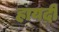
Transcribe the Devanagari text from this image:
हायद्री